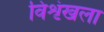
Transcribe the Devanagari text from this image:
विशृंखला